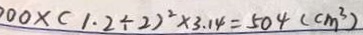
0 0 \times ( 1 . 2 \div 2 ) ^ { 2 } \times 3 . 1 4 = 5 0 4 ( c m ^ { 3 } )